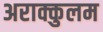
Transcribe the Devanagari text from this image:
अराक्कुलम